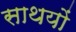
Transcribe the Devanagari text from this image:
साथयों